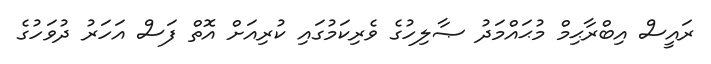
ރައީސް އިބްރާޙިމް މުޙައްމަދު ޞާލިހުގެ ވެރިކަމުގައި ކުރިއަށް އޮތް ފަސް އަހަރު ދުވަހުގެ